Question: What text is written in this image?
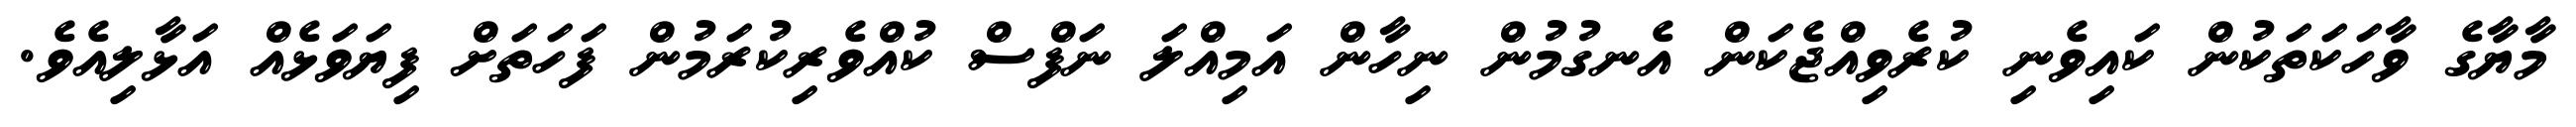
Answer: މާޔާގެ ވާހަކަތަކުން ކައިވެނި ކުރެވިއްޖެކަން އެނގުމުން ނިހާން އަމިއްލަ ނަފްސް ކުއްވެރިކުރަމުން ފަހަތަށް ފިޔަވަޅެއް އަޅާލިއެވެ.